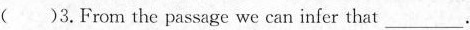
( )3.From the passage we can infer that___.